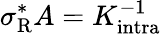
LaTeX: \sigma_{\mathrm{{R}}}^{*}A=K_{\mathrm{{intra}}}^{-1}